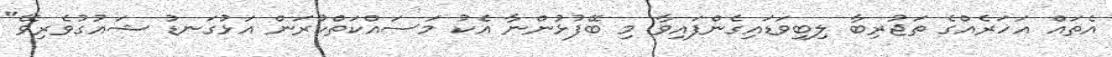
އެތައް އަހަރެއްގެ ތަޖުރިބާ ލިބިވަޑައިގެންފައިވާ މި ބޭފުޅުންނާ އެކު މަސައްކަތްކުރަން އަޅުގަނޑު ޝައުގުވެރިވޭ"